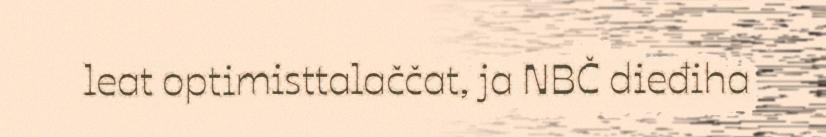
leat optimisttalaččat, ja NBČ dieđiha